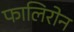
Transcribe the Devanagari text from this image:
फालिरोन